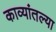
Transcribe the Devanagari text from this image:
काव्यांतल्या